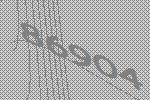
86904